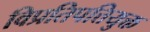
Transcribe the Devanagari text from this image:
विप्रतिपत्तियुक्त